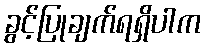
ခွင့်ပြုချက်ရရှိပါက